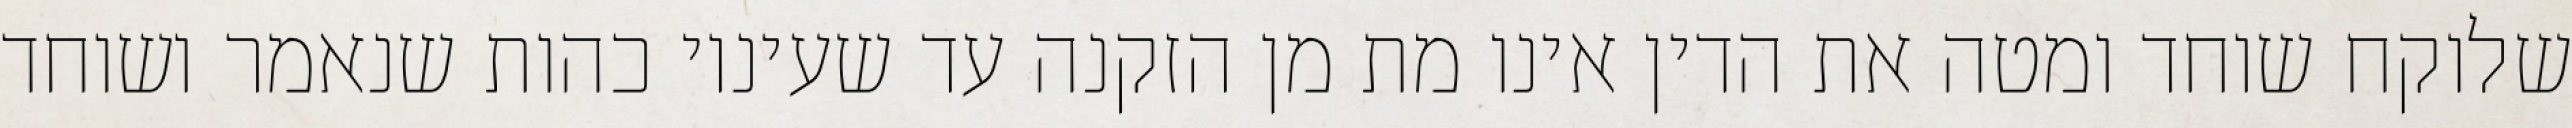
שלוקח שוחד ומטה את הדין אינו מת מן הזקנה עד שעיניו כהות שנאמר ושוחד